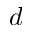
d